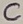
Text: C